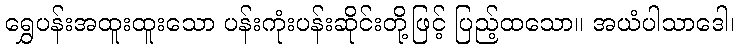
ရွှေပန်းအထူးထူးသော ပန်းကုံးပန်းဆိုင်းတို့ဖြင့် ပြည့်ထသော။ အယံပါသာဒေါ၊